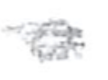
Text: a
Cross-out: scratch
Writing tool: pencil